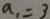
a _ { 1 } = 3